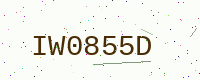
Text: IW0855D